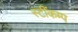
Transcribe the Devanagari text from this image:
स्टींकम्प